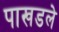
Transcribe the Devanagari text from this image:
पाखडले